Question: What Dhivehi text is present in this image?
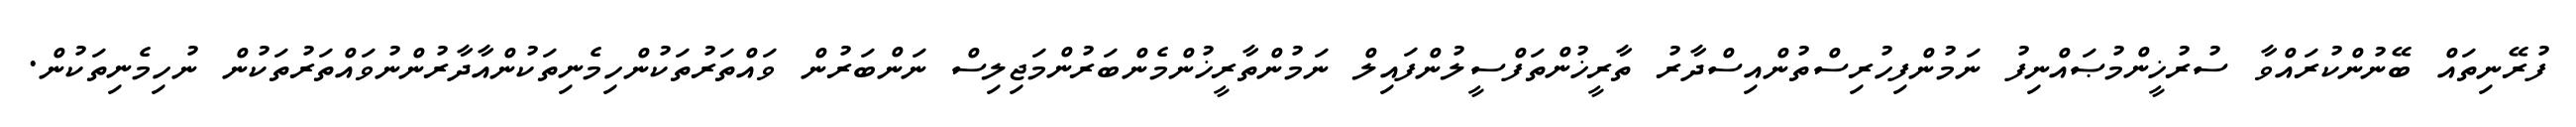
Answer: ފުރޭނިތައް ބޭނުންކުރައްވާ ސުރުޚީންމުޞައްނިފު ނަމުންފިހުރިސްތުންއިސްދާރު ތާރީޚުންތަފްސީލުންފައިލް ނަމުންތާރީޚުންމެންބަރުންމަޖިލިސް ނަންބަރުން ވައްތަރުތަކުންހިމެނިތަކުންއާދާރުންނުވައްތަރުތަކުން ނުހިމެނިތަކުން.